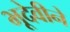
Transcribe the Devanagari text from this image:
भूदेवीने